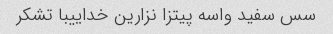
سس سفید واسه پیتزا نزارین خداییبا تشکر